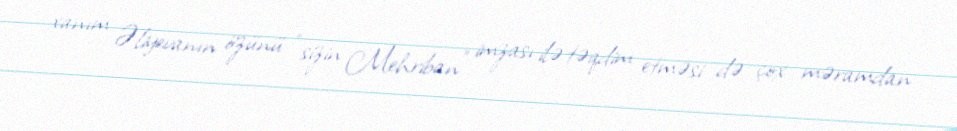
xanım Əliyevanın özünü “sizin Mehriban” imzası ilə təqdim etməsi də çox məramdan